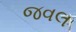
જવલ